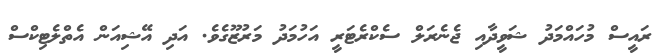
ރައީސް މުހައްމަދު ޝަވީދާއި ޖެނެރަލް ސެކްރެޓަރީ އަހުމަދު މަރުޒޫގެވެ. އަދި އޭޝިއަން އެތްލެޓިކްސް